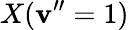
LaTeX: X(\mathbf{v}^{\prime\prime}=1)